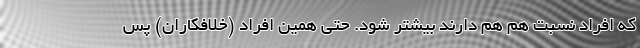
که افراد نسبت هم هم دارند بیشتر شود. حتی همین افراد (خلافکاران) پس